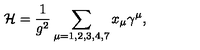
{ \cal H } = \frac { 1 } { g ^ { 2 } } \sum _ { \mu = 1 , 2 , 3 , 4 , 7 } x _ { \mu } \gamma ^ { \mu } ,